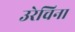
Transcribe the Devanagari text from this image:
उरेचिना